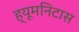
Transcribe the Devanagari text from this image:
ह्यूमनिटास